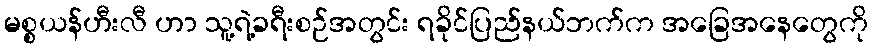
မစ္စယန်ဟီးလီ ဟာ သူ့ရဲ့ခရီးစဉ်အတွင်း ရခိုင်ပြည်နယ်ဘက်က အခြေအနေတွေကို